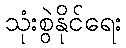
သုံးစွဲနိုင်ရေး